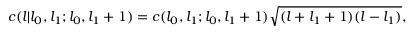
c ( l | l _ { 0 } , l _ { 1 } ; l _ { 0 } , l _ { 1 } + 1 ) = c ( l _ { 0 } , l _ { 1 } ; l _ { 0 } , l _ { 1 } + 1 ) \sqrt { ( l + l _ { 1 } + 1 ) ( l - l _ { 1 } ) } ,